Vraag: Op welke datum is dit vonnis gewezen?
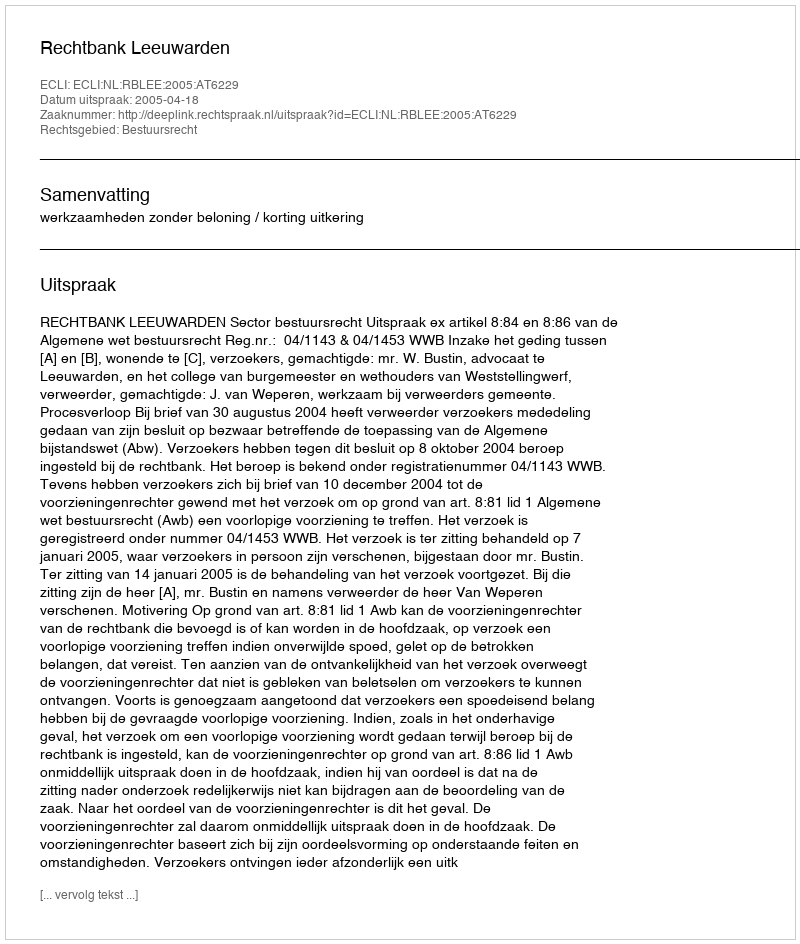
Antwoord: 2005-04-18